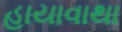
હાયાવાથા